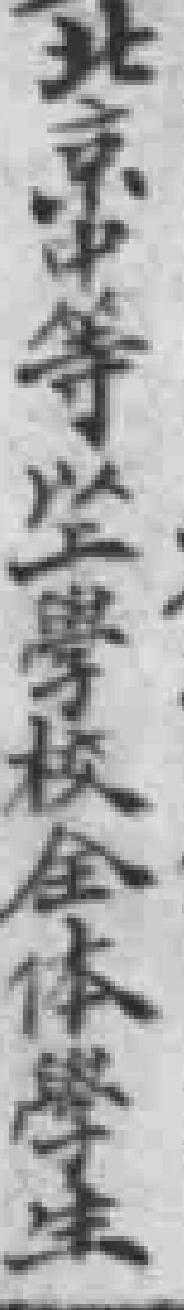
北京中等以上學校全体學生